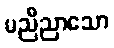
မညီညာသော